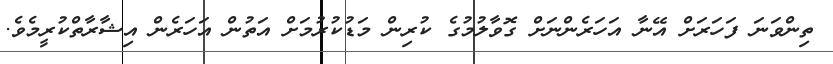
ތިންވަނަ ފަހަރަށް އޭނާ އަހަރެންނަށް ގޮވާލުމުގެ ކުރިން މަޑުކުރުމަށް އަތުން އަހަރެން އިޝާރާތްކުރީމެވެ.